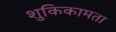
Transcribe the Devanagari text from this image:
शुकिकामता